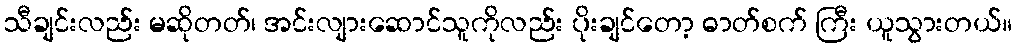
သီချင်းလည်း မဆိုတတ်၊ အင်းလျားဆောင်သူကိုလည်း ပိုးချင်တော့ ဓာတ်စက် ကြီး ယူသွားတယ်။